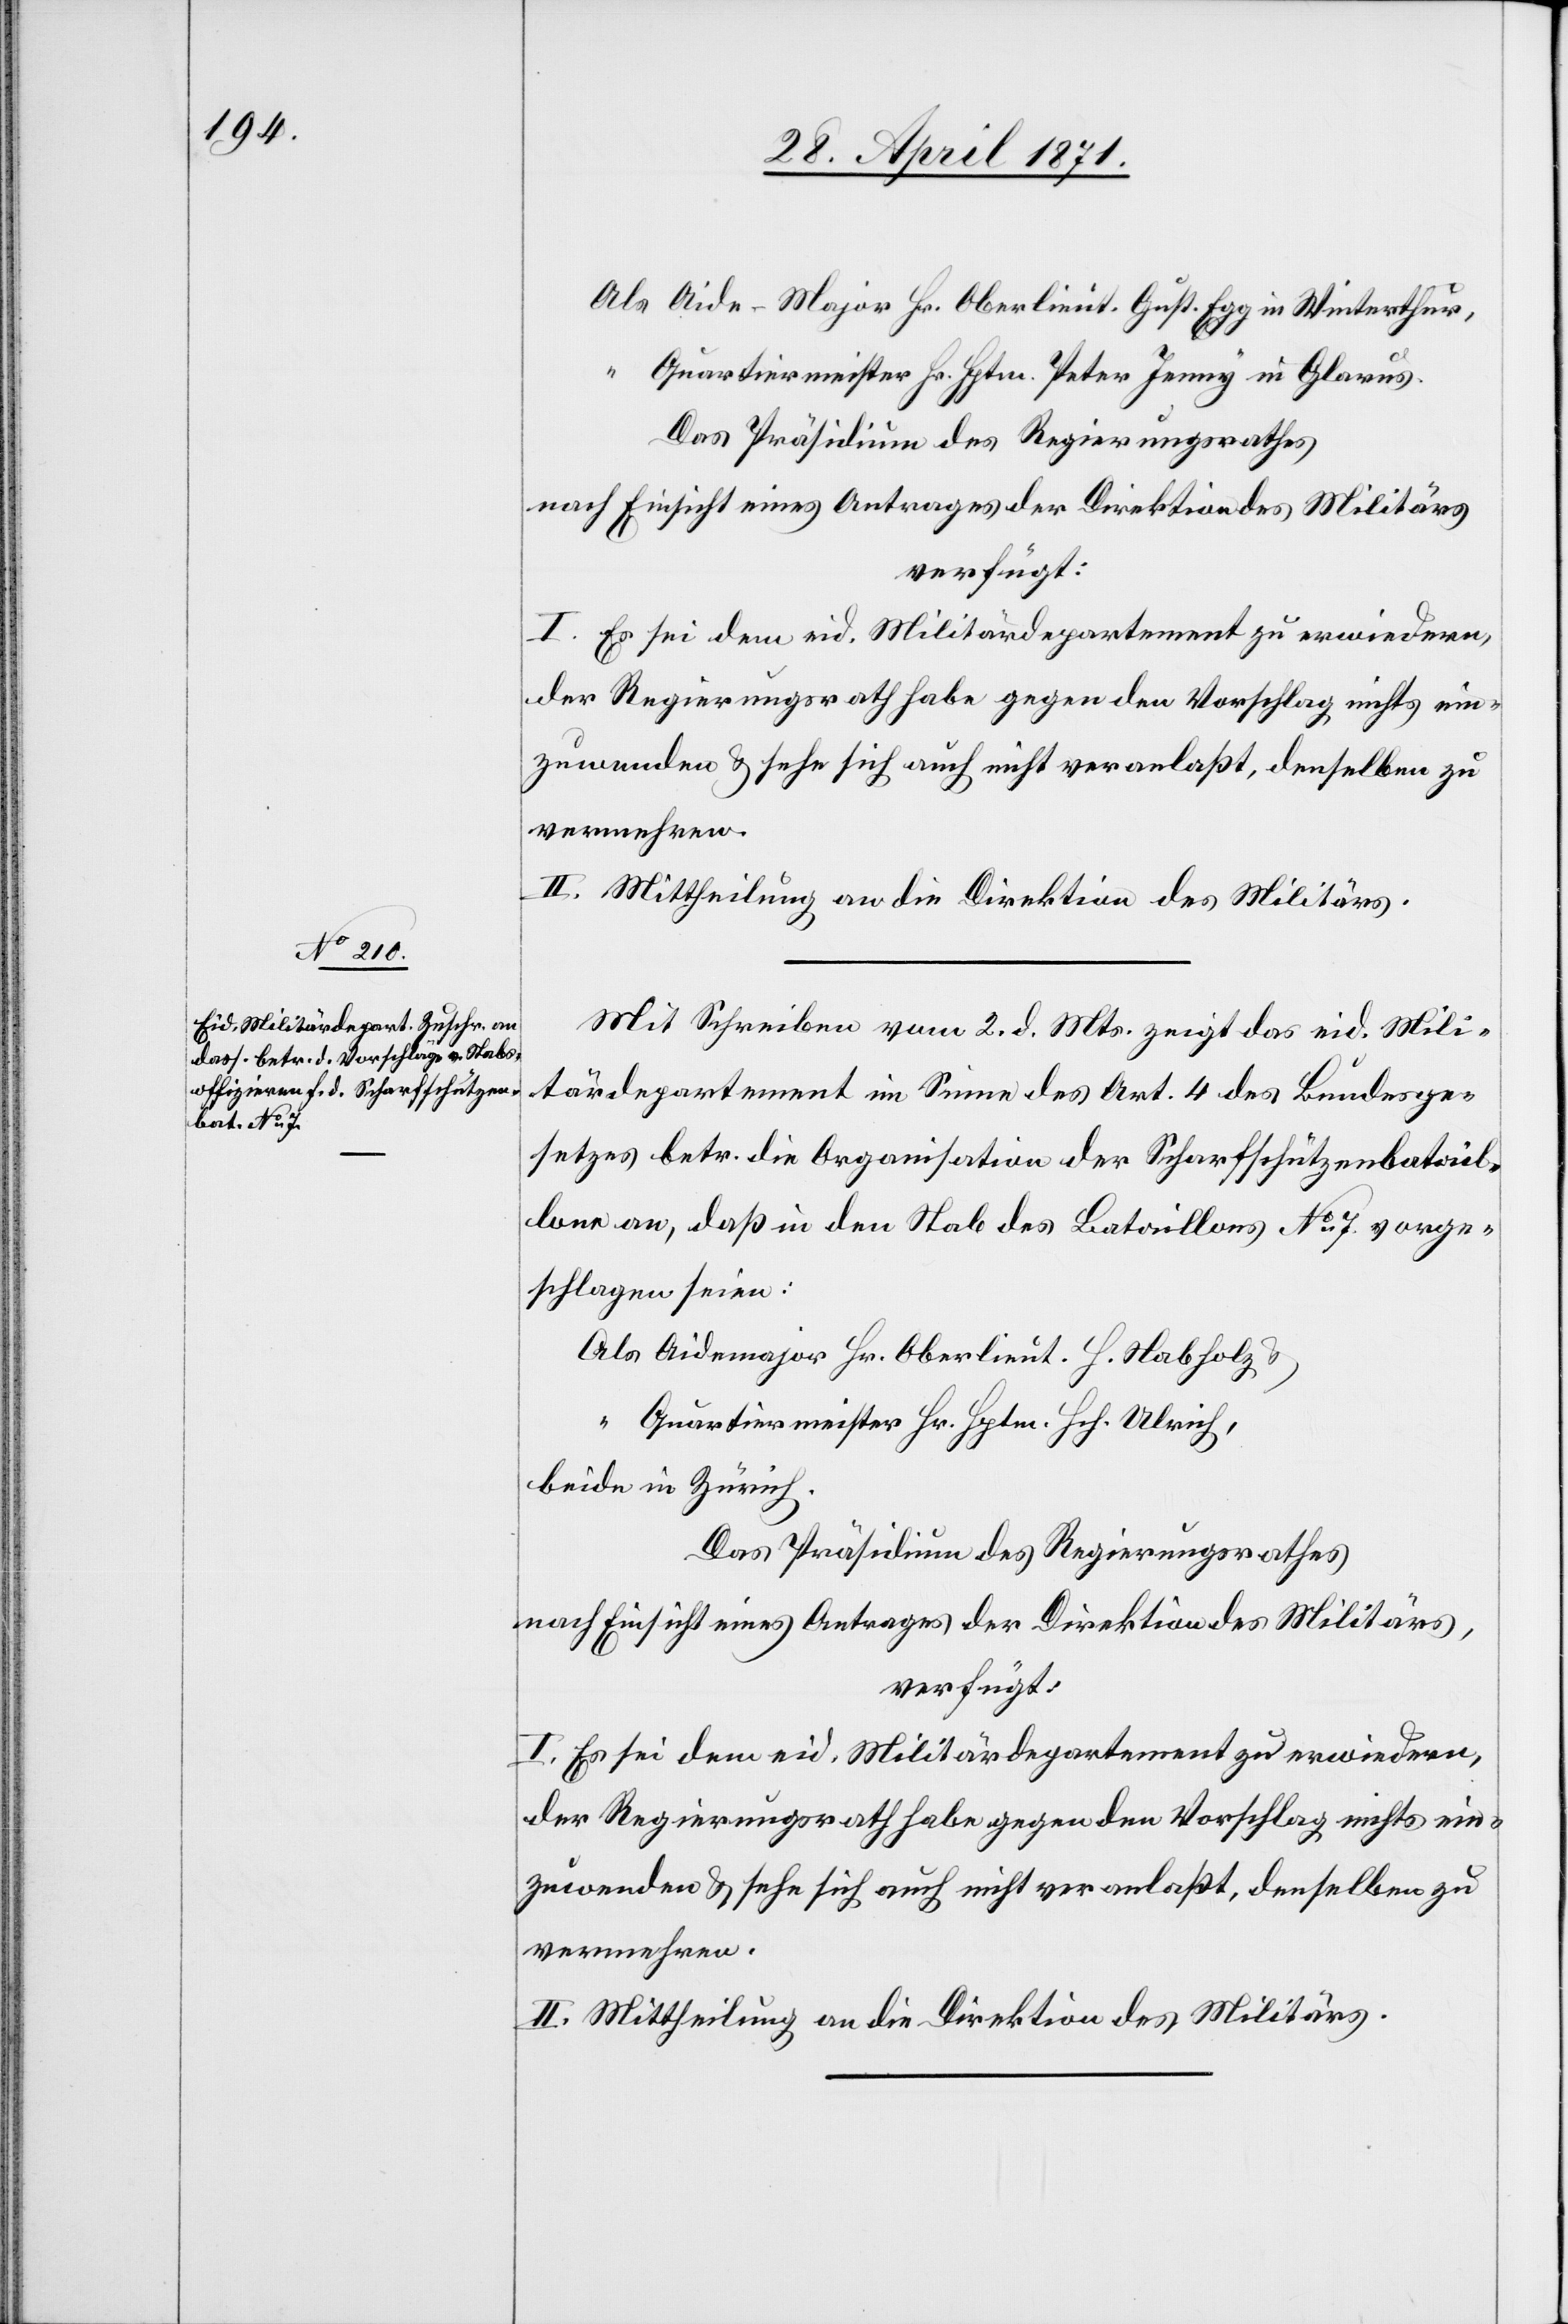
Als Aide-Major Hr. Oberlieut. Gust. Egg in Winterthur,
4.
“
Quartiermeister Hr. Hptm. Peter Jenny in Glarus.
Das Präsidium des Regierungsrathes
nach Einsicht eines Antrages der Direktion des Militärs
verfügt:
I. Es sei dem eid. Militärdepartement zu erwiedern,
der Regierungsrath habe gegen den Vorschlag nichts ein¬
zuwenden u. sehe sich auch nicht veranlaßt, denselben zu
vermehren.
II. Mittheilung an die Direktion des Militärs.
Mit Schreiben vom 2. d. Mts. zeigt das eid. Mili¬
tärdepartement im Sinne des Art. 4 des Bundesge¬
setzes betr. die Organisation der Schaftschützenbatail¬
lone an, daß in den Stab des Bataillons No. 7 vorge¬
schlagen seien:
Als Aidemajor Hr. Oberlieut. H. Habholz u.
“ Quartiermeister Hr. Hptm. Hch. Ulrich,
beide in Zürich.
Das Präsidium des Regierungsrathes
nach Einsicht eines Antrages der Direktion des Militärs,
verfügt:
I. Es sei dem eid. Militärdepartement zu erwiedern,
der Regierungsrath habe gegen den Vorschlag nichts ein¬
zuwenden u. sehe sich auch nicht veranlaßt, denselben zu
vermehren.
II. Mittheilung an die Direktion des Militärs.